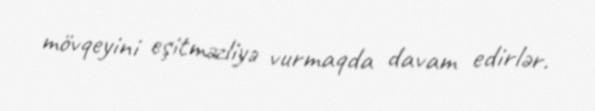
mövqeyini eşitməzliyə vurmaqda davam edirlər.